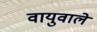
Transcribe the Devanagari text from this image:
वायुवाले